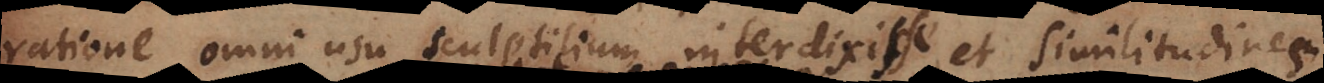
ratione omni usu sculptilium interdixit, et similitudinem